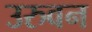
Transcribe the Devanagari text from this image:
उरुवन